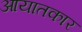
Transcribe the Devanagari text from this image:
आयातकार